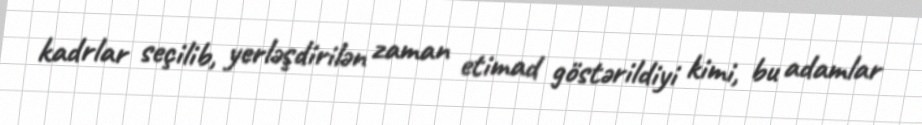
kadrlar seçilib, yerləşdirilən zaman etimad göstərildiyi kimi, bu adamlar